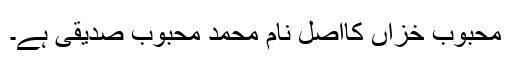
محبوب خزاں کااصل نام محمد محبوب صدیقی ہے۔